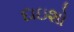
દાઇશો